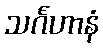
သင်္ဂဟာနံ